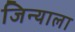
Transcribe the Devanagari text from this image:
जिन्याला